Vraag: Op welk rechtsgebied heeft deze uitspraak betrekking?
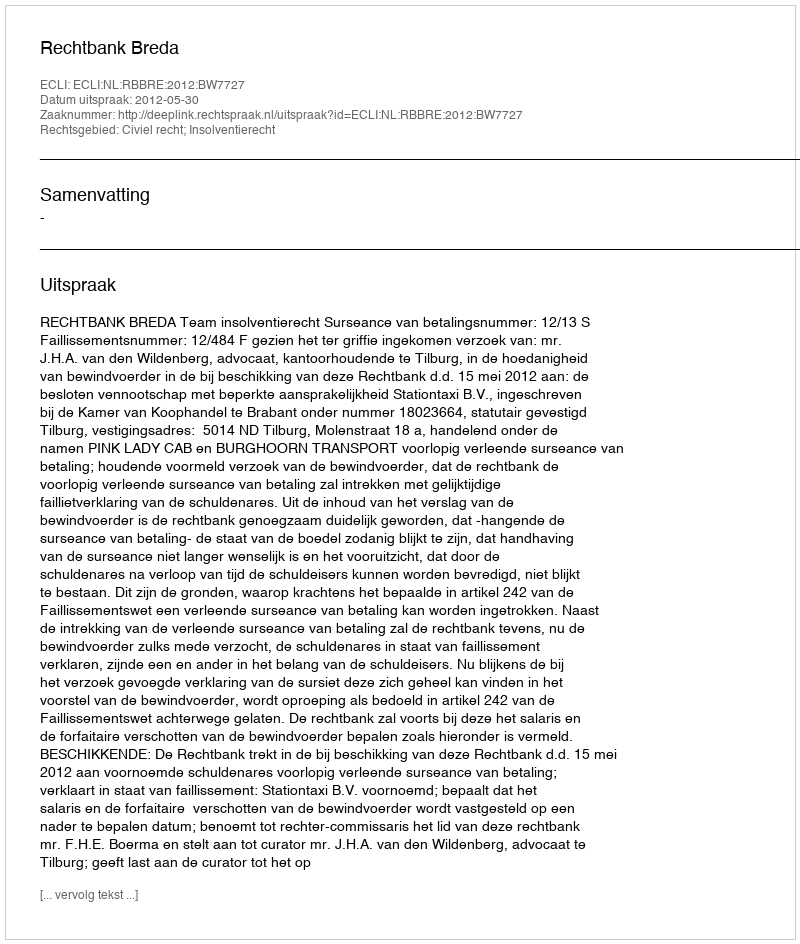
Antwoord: Civiel recht; Insolventierecht